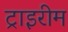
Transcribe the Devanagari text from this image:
ट्राइरीम